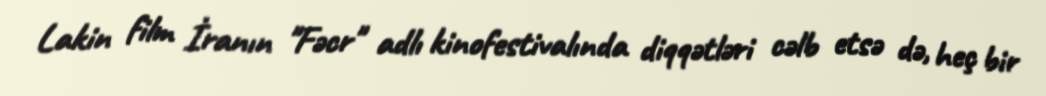
Lakin film İranın "Fəcr" adlı kinofestivalında diqqətləri cəlb etsə də, heç bir